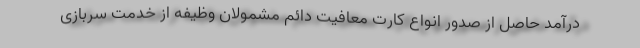
درآمد حاصل از صدور انواع کارت معافیت دائم مشمولان وظیفه از خدمت سربازی